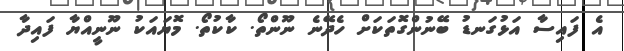
އެ ފައިސާ އަޅުގަނޑު ބޭނުންގޮތަކަށް ހެދޭނެ ނޫންތޯ. ކާކުތޯ. މޮޔައަކު ނޫނީއްޔާ ފައިދާ